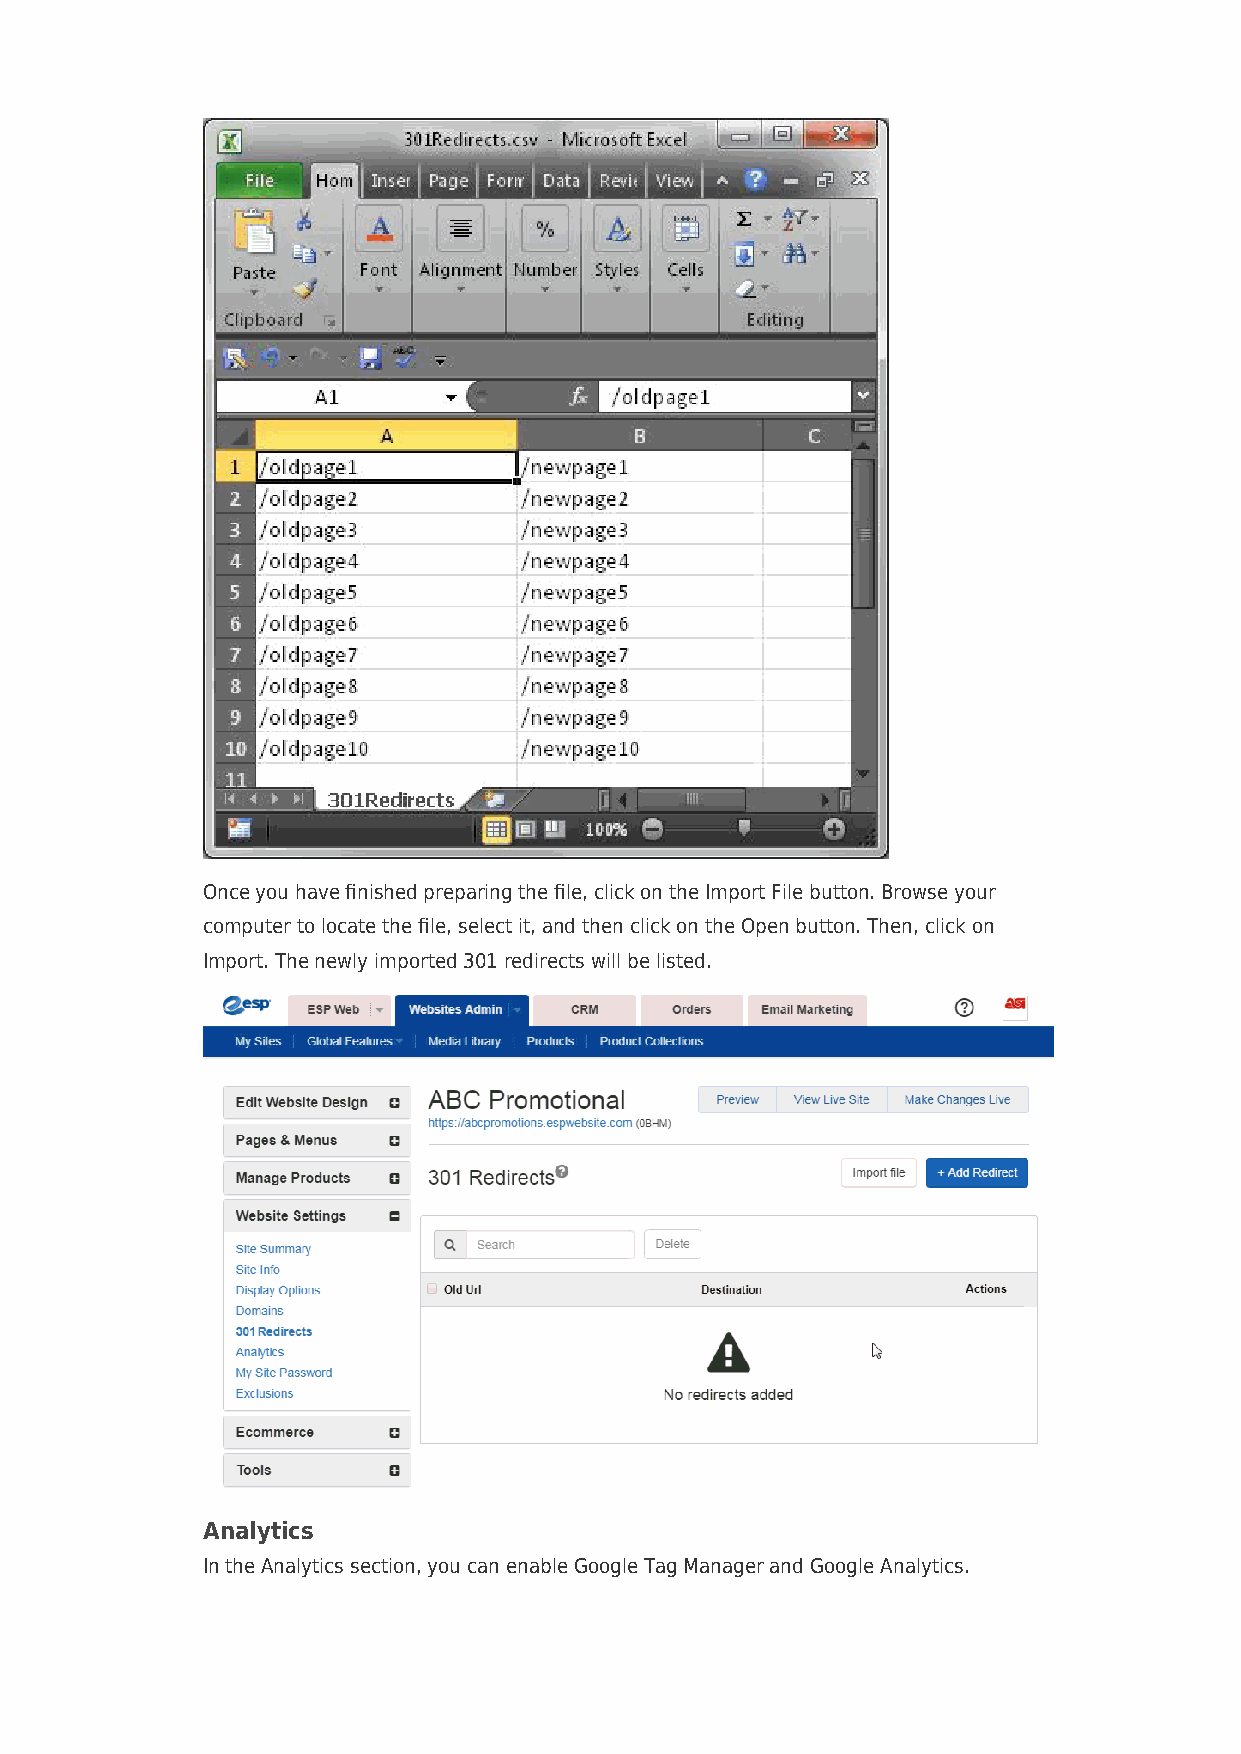
Once you have finished preparing the file, click on the Import File button. Browse your
 computer to locate the file, select it, and then click on the Open button. Then, click on
 Import. The newly imported 301 redirects will be listed.
 Analytics
 In the Analytics section, you can enable Google Tag Manager and Google Analytics.